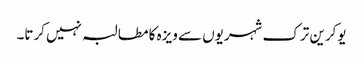
یوکرین ترک شہریوں سے ویزہ کا مطالبہ نہیں کرتا۔